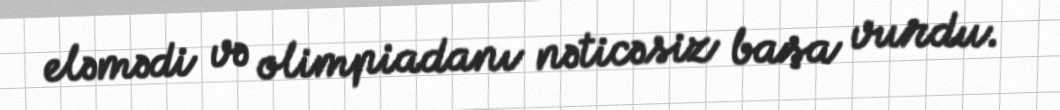
eləmədi və olimpiadanı nəticəsiz başa vurdu.